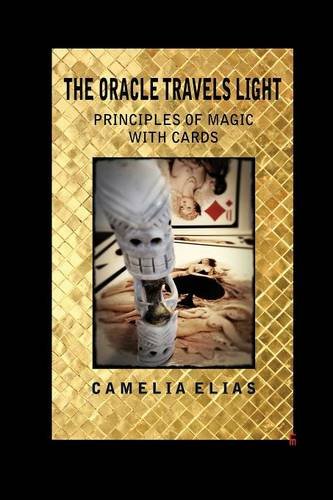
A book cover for THE ORACLE TRAVELS LIGHT: PRINCIPLES OF MAGIC WITH CARDS; Camelia Elias; Religion & Spirituality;